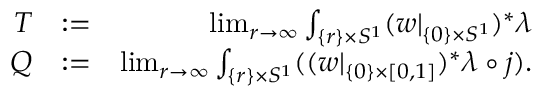
\begin{array} { r l r } { T } & { : = } & { \operatorname* { l i m } _ { r \to \infty } \int _ { \{ r \} \times S ^ { 1 } } ( w | _ { \{ 0 \} \times S ^ { 1 } } ) ^ { * } \lambda } \\ { Q } & { : = } & { \operatorname* { l i m } _ { r \to \infty } \int _ { \{ r \} \times S ^ { 1 } } ( ( w | _ { \{ 0 \} \times [ 0 , 1 ] } ) ^ { * } \lambda \circ j ) . } \end{array}